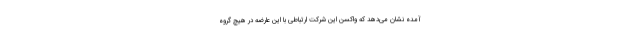
آمده نشان می‌دهد که واکسن این شرکت ارتباطی با این عارضه در هیچ گروه